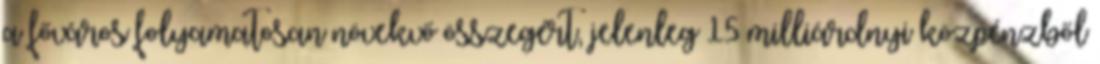
a főváros folyamatosan növekvő összegért, jelenleg 15 milliárdnyi közpénzből